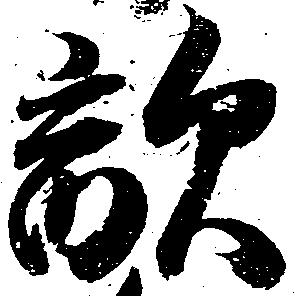
敵